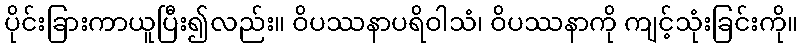
ပိုင်းခြားကာယူပြီး၍လည်း။ ဝိပဿနာပရိဝါသံ၊ ဝိပဿနာကို ကျင့်သုံးခြင်းကို။